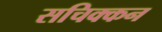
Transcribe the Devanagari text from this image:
सचिक्‍कन